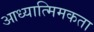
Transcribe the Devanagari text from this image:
आध्यात्मिमकता